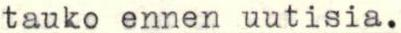
tauko ennen uutisia.